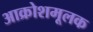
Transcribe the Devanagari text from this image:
आक्रोशमूलक